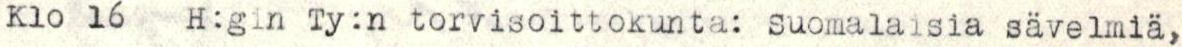
Klo 16 H:gin Ty:n torvisoittokunta: Suomalaisia sävelmiä,